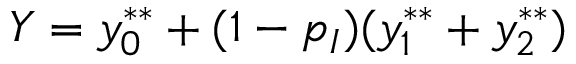
Y = y _ { 0 } ^ { * * } + ( 1 - p _ { I } ) ( y _ { 1 } ^ { * * } + y _ { 2 } ^ { * * } )